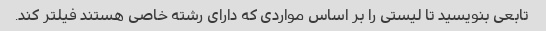
تابعی بنویسید تا لیستی را بر اساس مواردی که دارای رشته خاصی هستند فیلتر کند.